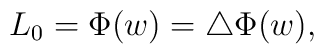
L_{0} = \Phi(w) = \bigtriangleup\Phi(w) ,